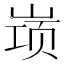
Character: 𱛷